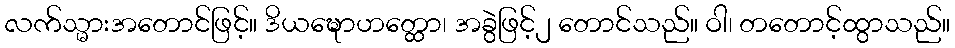
လက်သ္မားအတောင်ဖြင့်။ ဒိယဍ္ဎောဟတ္ထော၊ အခွဲဖြင့်၂ တောင်သည်။ ဝါ၊ တတောင့်ထွာသည်။